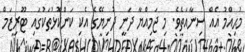
މުޙިއްމު އެއް ސިނާއަތެވެ. މި ޖަމިއްޔާ ދަނީ ދުނިޔޭގެ އެކި ކަންކޮޅުތަކުގައި ޓޫރިޒަމް